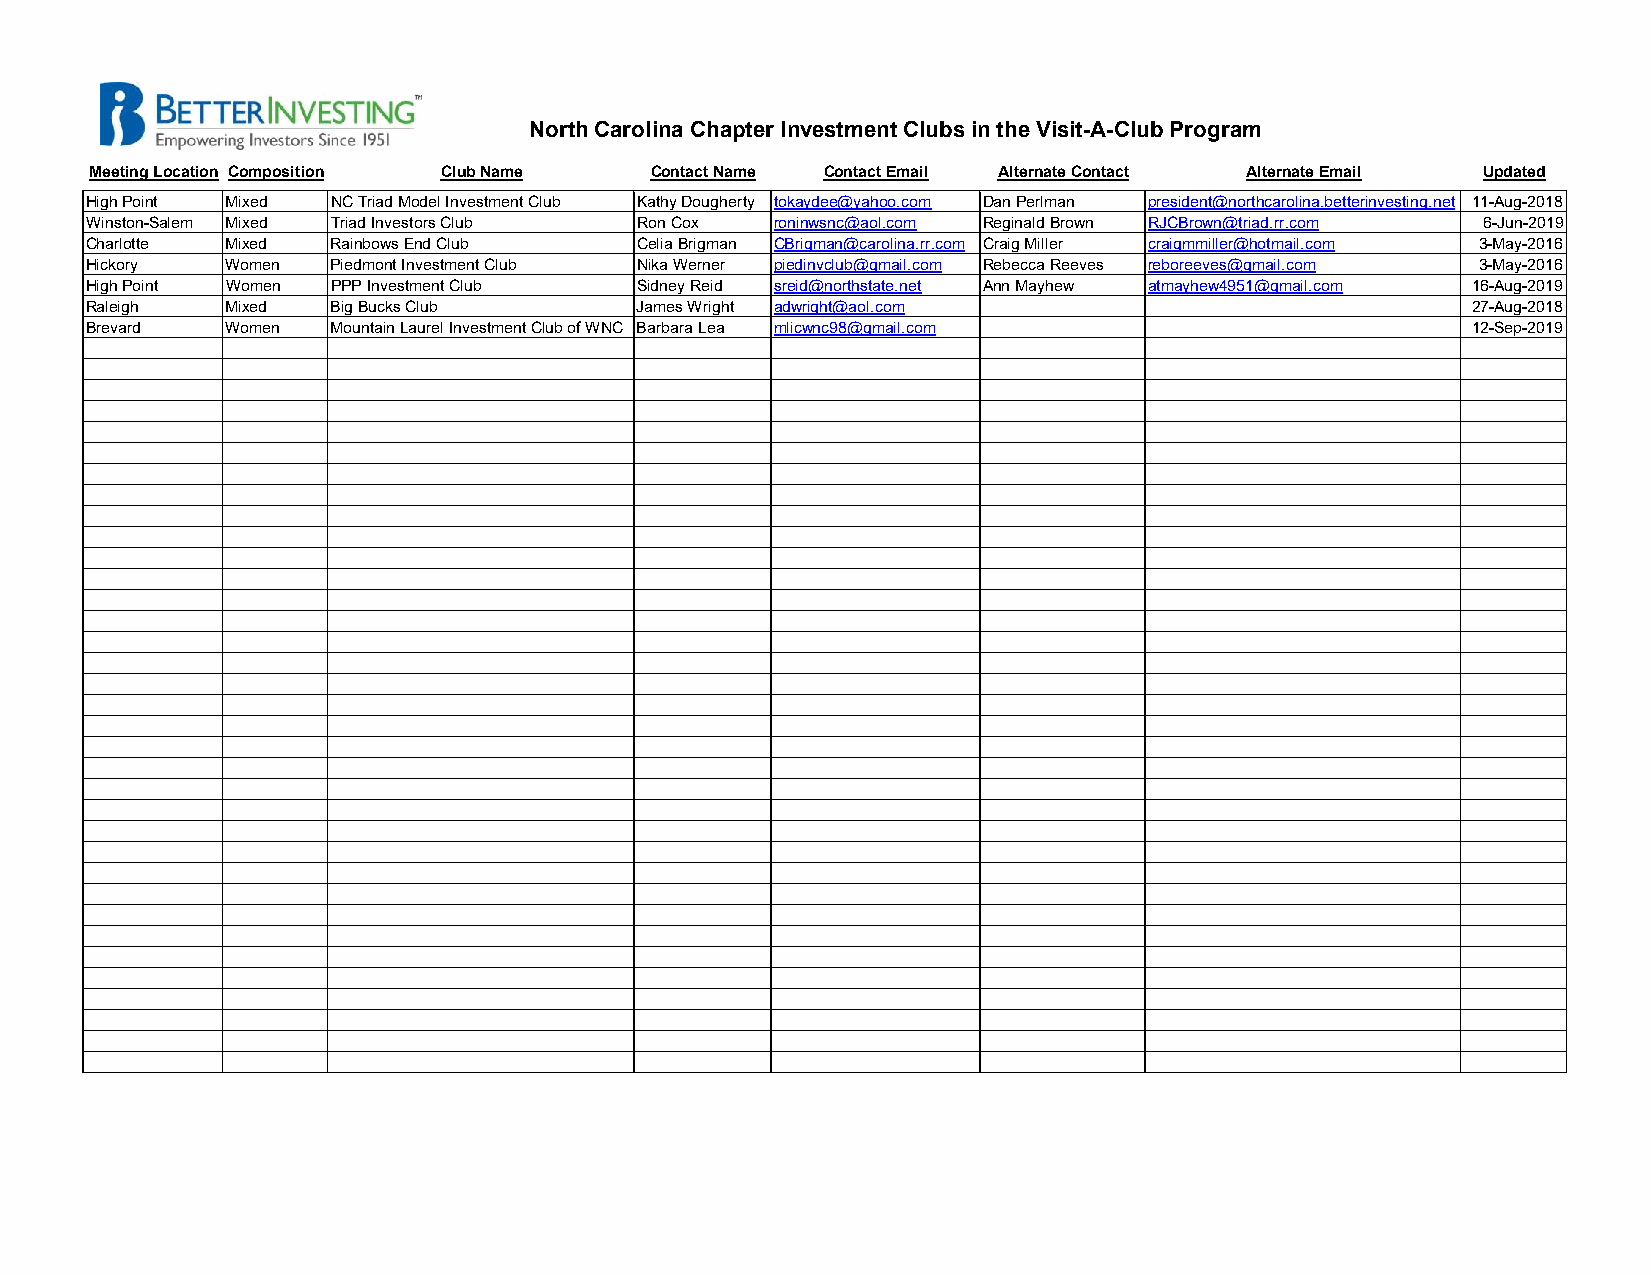
North Carolina Chapter Investment Clubs in the Visit-A-Club Program
 Meeting Location Composition Club Name Contact Name Contact Email Alternate Contact Alternate Email Updated
 High Point Mixed NC Triad Model Investment Club Kathy Dougherty tokaydee@yahoo.com Dan Perlman president@northcarolina.betterinvesting.net 11-Aug-2018
 Winston-Salem Mixed Triad Investors Club Ron Cox roninwsnc@aol.com Reginald Brown RJCBrown@triad.rr.com 6-Jun-2019
 Charlotte Mixed Rainbows End Club   Celia Brigman CBrigman@carolina.rr.com Craig Miller craigmmiller@hotmail.com 3-May-2016
 Hickory  Women  Piedmont Investment Club Nika Werner piedinvclub@gmail.com Rebecca Reeves reboreeves@gmail.com 3-May-2016
 High Point Women PPP Investment Club Sidney Reid sreid@northstate.net Ann Mayhew atmayhew4951@gmail.com 16-Aug-2019
 Raleigh  Mixed  Big Bucks Club      James Wright adwright@aol.com                          27-Aug-2018
 Brevard  Women  Mountain Laurel Investment Club of WNC Barbara Lea mlicwnc98@gmail.com     12-Sep-2019